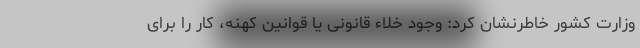
وزارت کشور خاطرنشان کرد: وجود خلاء قانونی یا قوانین کهنه، کار را برای